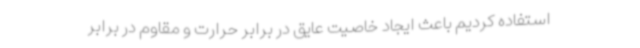
استفاده کردیم باعث ایجاد خاصیت عایق در برابر حرارت و مقاوم در برابر